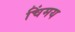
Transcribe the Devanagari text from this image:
चिंमय